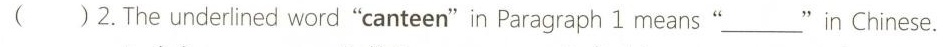
( )2.The underlined word"canteen"in Paragraph 1 means"___"in Chinese.